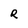
Character: R